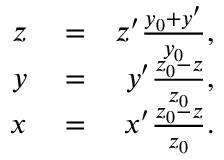
\begin{array} { r l r } { z } & { { } = } & { z ^ { \prime } \frac { y _ { 0 } + y ^ { \prime } } { y _ { 0 } } , } \\ { y } & { { } = } & { y ^ { \prime } \frac { z _ { 0 } - z } { z _ { 0 } } , } \\ { x } & { { } = } & { x ^ { \prime } \frac { z _ { 0 } - z } { z _ { 0 } } . } \end{array}